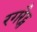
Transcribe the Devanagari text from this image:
रगरैट्स